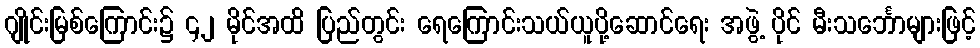
ဂျိုင်းမြစ်ကြောင်း၌ ၄၂ မိုင်အထိ ပြည်တွင်း ရေကြောင်းသယ်ယူပို့ဆောင်ရေး အဖွဲ့ ပိုင် မီးသင်္ဘောများဖြင့်